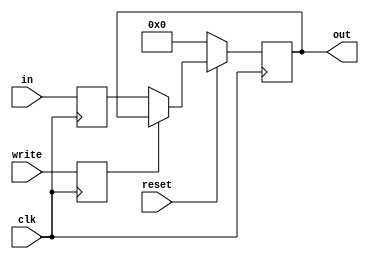
module PC_reg(clk, out, in, write, reset);

	output reg [15:0] out;
	
	input      [15:0] in;
	input      clk, write, reset;
	
	reg [15:0]indata;
	reg inwrite;
	
	always @(negedge clk)
		begin
			indata = in;
			inwrite = write;
		end
	always@(posedge clk) begin
		if(reset==0) 
			begin
				out = 16'b0;
			end
			
		else if(inwrite == 1'b0) 
			begin
				out = indata;
			end
		end

endmodule